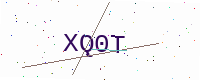
Text: XQ0T